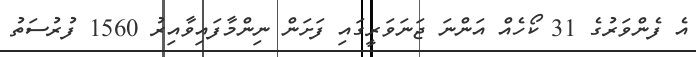
އެ ފެންވަރުގެ 31 ކޯހެއް އަންނަ ޖަނަވަރީގައި ފަށަން ނިންމާފައިވާއިރު 1560 ފުރުސަތު